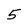
Character: 5